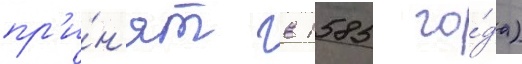
пр'и́н'ят в 1585 го́да)